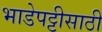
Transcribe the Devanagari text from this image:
भाडेपट्टीसाठी